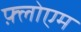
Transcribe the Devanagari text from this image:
फ़्लोएम